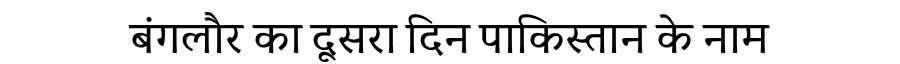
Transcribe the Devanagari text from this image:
बंगलौर का दूसरा दिन पाकिस्तान के नाम